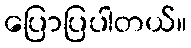
ပြောပြပါတယ်။